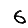
Digit: 6